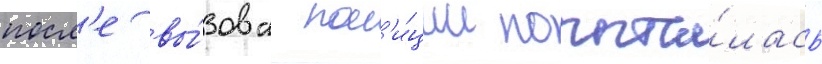
посл'е вы́зова пол'и́ции попыта́лась